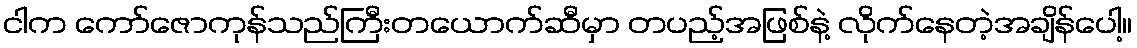
ငါက ကော်ဇောကုန်သည်ကြီးတယောက်ဆီမှာ တပည့်အဖြစ်နဲ့ လိုက်နေတဲ့အချိန်ပေါ့။